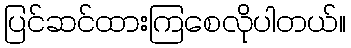
ပြင်ဆင်ထားကြစေလိုပါတယ်။